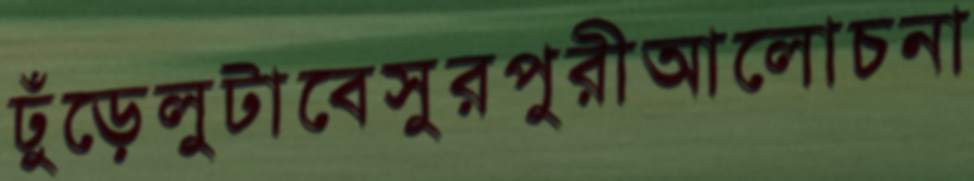
ঢুঁড়েলুটাবেসুরপুরীআলোচনা